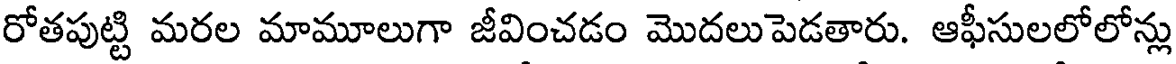
రోతపుట్టి మరల మామూలుగా జీవించడం మొదలుపెడతారు. ఆఫీసులలోలోన్లు